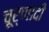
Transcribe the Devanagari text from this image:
चूर्णादी